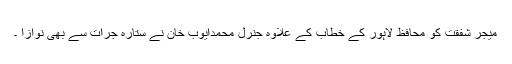
میجر شفقت کو محافظ لاہور کے خطاب کے علاوہ جنرل محمدایوب خان نے ستارہ جرات سے بھی نوازا ۔